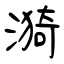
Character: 漪